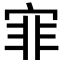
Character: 𡨰